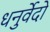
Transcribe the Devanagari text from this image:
धनुर्वेदो